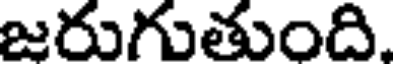
జరుగుతుంది.